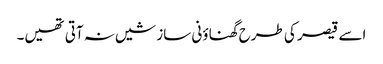
اسے قیصر کی طرح گھناؤنی سازشیں نہ آتی تھیں۔